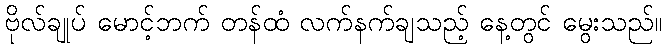
ဗိုလ်ချုပ် မောင့်ဘက် တန်ထံ လက်နက်ချသည့် နေ့တွင် မွေးသည်။